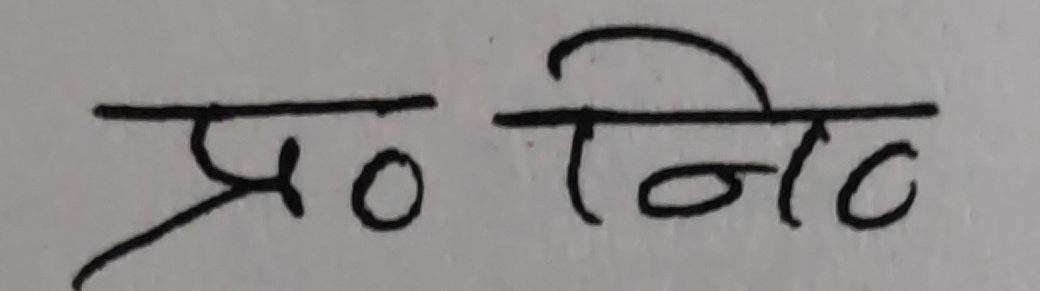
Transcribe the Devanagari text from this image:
प्र० निट